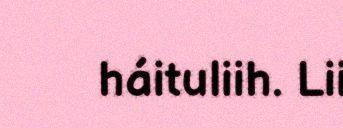
háituliih. Lii